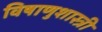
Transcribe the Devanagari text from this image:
विषाणुशास्त्री